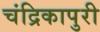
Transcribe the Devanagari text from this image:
चंद्रिकापुरी